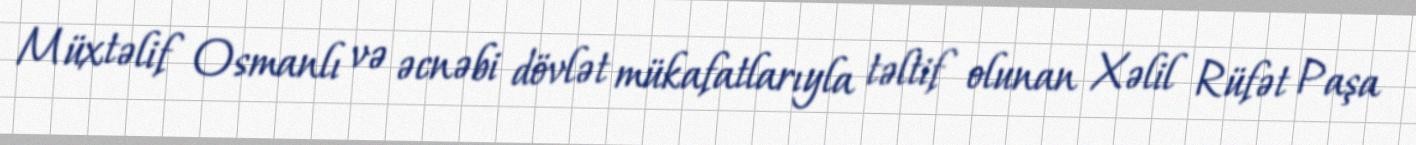
Müxtəlif Osmanlı və əcnəbi dövlət mükafatlarıyla təltif olunan Xəlil Rüfət Paşa